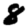
Digit: 8